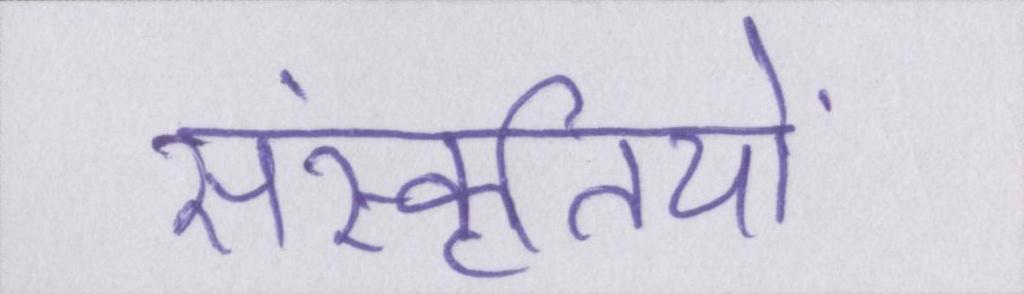
संस्कृतियों